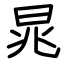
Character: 晁